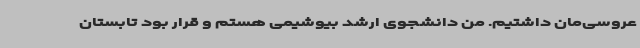
عروسی‌مان داشتیم. من دانشجوی ارشد بیوشیمی هستم و قرار بود تابستان